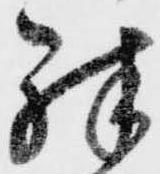
殊